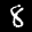
Label: 8